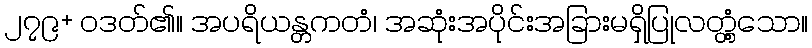
၂၇၉+ ဝဒတ်၏။ အပရိယန္တကတံ၊ အဆုံးအပိုင်းအခြားမရှိပြုလတ္တံ့သော။